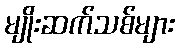
မျိုးဆက်သစ်များ